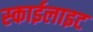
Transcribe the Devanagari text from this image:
स्‍काईलाइट